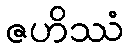
ဇဟိဿံ